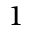
1